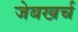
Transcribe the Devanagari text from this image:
जेबखर्च